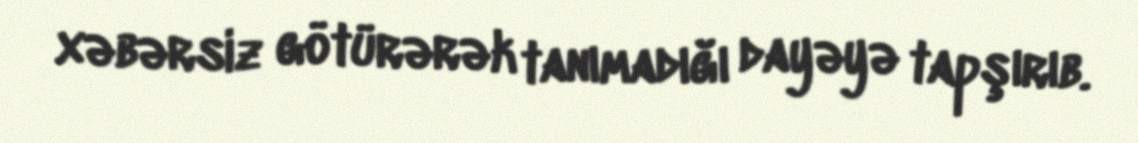
xəbərsiz götürərək tanımadığı dayəyə tapşırıb.